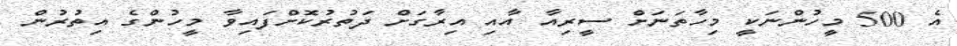
އެ 500 މީހުންނަކީ މިހާތަނަށް ސީރިއާ އާއި އިރާގަށް ދަތުރުކޮށްފައިވާ މީހުންގެ އިތުރުން